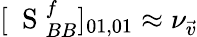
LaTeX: [\mathrm{~\mathbf~S~}_{BB}^{f}]_{01,01}\approx\nu_{\vec{v}}